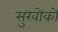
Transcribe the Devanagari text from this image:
सुखोको